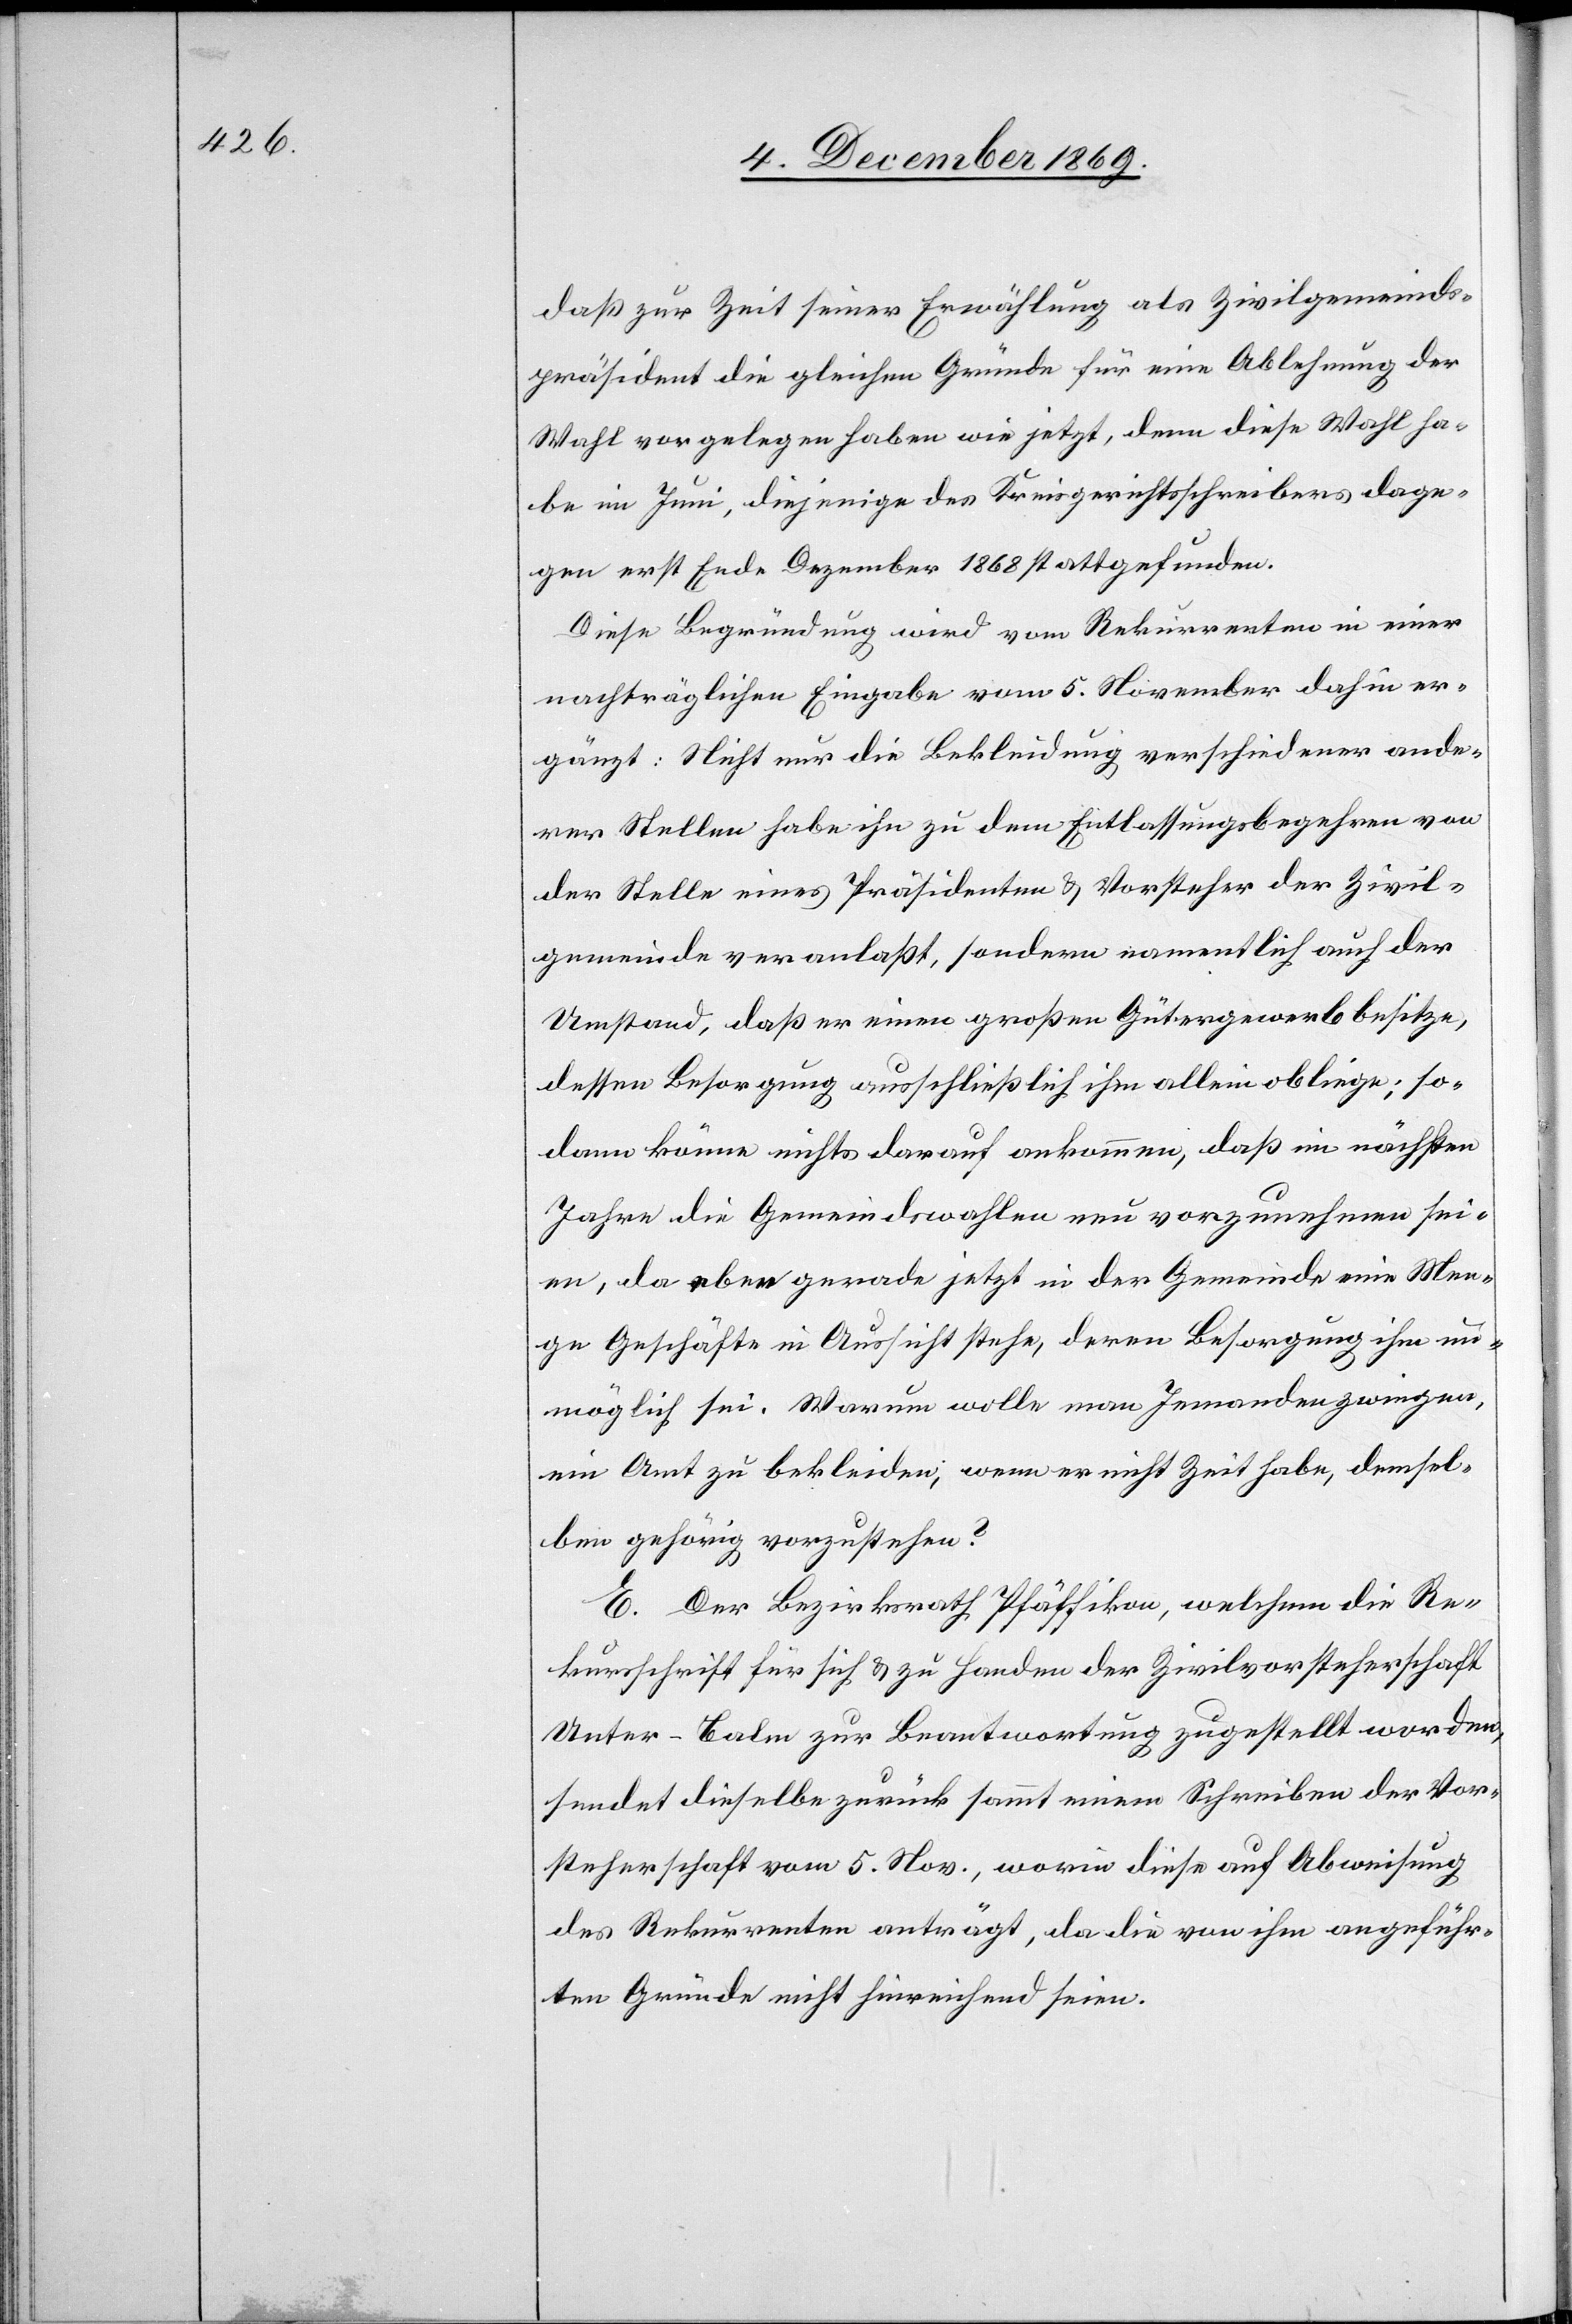
daß zur Zeit seiner Erwählung als Zivilgemeinds¬
präsident die gleichen Gründe für eine Ablehnung der
Wahl vorgelegen haben wie jetzt, denn diese Wahl ha¬
be im Juni, diejenige des Kreisgerichtsschreibers dage¬
gen erst Ende Dezember 1868 stattgefunden.
Diese Begründung wird vom Rekurrenten in einer
nachträglichen Eingabe vom 5. November dahin er¬
gänzt: Nicht nur die Bekleidung verschiedener ande¬
rer Stellen habe ihn zu dem Entlassungsbegehren von
der Stelle eines Präsidenten & Vorsteher der Zivil¬
gemeinde veranlaßt, sondern namentlich auch der
Umstand, daß er einen großen Gütergewerb besitze,
dessen Besorgung ausschließlich ihm allein obliege; so¬
dann könne nichts darauf ankommen, daß im nächsten
Jahre die Gemeindswahlen neu vorzunehmen sei¬
en, da eben gerade jetzt in der Gemeinde eine Men¬
ge Geschäfte in Aussicht stehe, deren Besorgung ihm un¬
möglich sei. Warum wolle man Jemanden zwingen,
ein Amt zu bekleiden, wenn er nicht Zeit habe, demsel¬
ben gehörig vorzustehen?
E. Der Bezirksrath Pfäffikon, welchem die Re¬
kursschrift für sich & zu Handen der Zivilvorsteherschaft
Unter-Balm zur Beantwortung zugestellt worden,
sendet dieselbe zurück sammt einem Schreiben der Vor¬
steherschaft vom 5. Nov., worin diese auf Abweisung
des Rekurrenten anträgt, da die von ihm angeführ¬
ten Gründe nicht hinreichend seien.